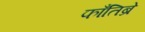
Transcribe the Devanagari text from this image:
फाँतिब्रे